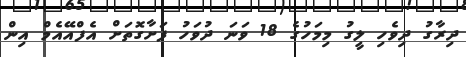
ދިރާގު ދިވެހި ލީގު މިމަހުގެ 18 ވަނަ ދުވަހު ފަށާގޮތަށް އެފްއޭއެމް އިން